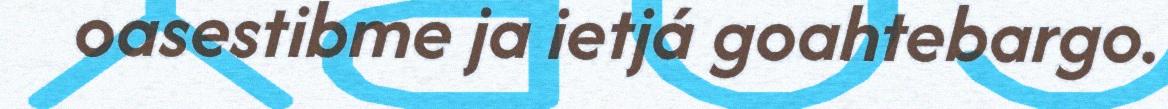
oasestibme ja ietjá goahtebargo.